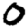
Digit: 0